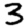
Digit: 3